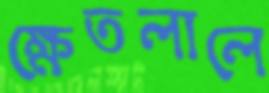
ক্ষেতলালে